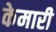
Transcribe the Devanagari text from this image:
केमारी